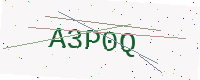
Text: A3P0Q